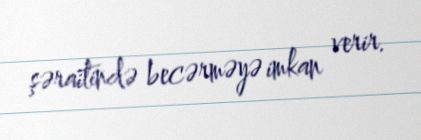
şəraitində becərməyə imkan verir.